Medical and sanitary report of the native army of Bengal for the year
Year: 1875
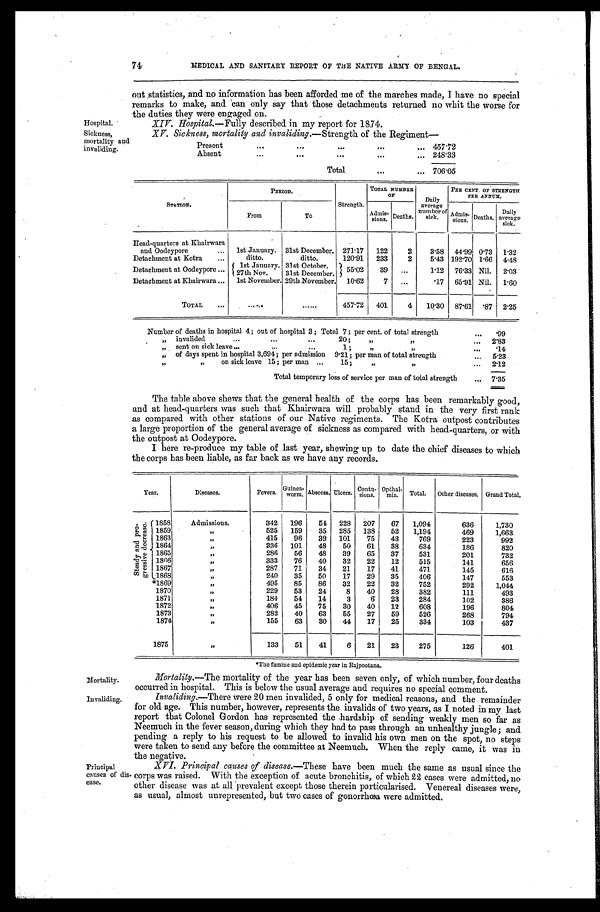
Mortality.
Invaliding.
74
MEDICAL AND SANITARY REPORT OF THE NATIVE ARMY OF BENGAL.
out statistics, and no information has been afforded me of the marches made, I have no special
remarks to make, and can only say that those detachments returned no whit the worse for
the duties they were engaged on.
Hospital.
Sickness,
mortality and
invaliding.
XIV. Hospital.—Fully described in my report for 1874.
XV. Sickness, mortality and invaliding .—Strength of the Regiment
Present . . .
457.72
Absent . . .
248.33
Total . . .
706.05
STATION.
PERIOD.
Strength.
TOTAL NUMBER
O F
Daily
average
number of
sick.
PER CENT. OF STRENGTH
P E R A N N U M .
From
To
Admis-
s i o n s . Deaths.
Admis-
sions. Deaths.
Daily
average
sick.
Head-quarters at Khairwara
and Oodeypore . . . 1st January. 31st December. 271.17
122
2
3.58 44.99 0.73
1.32
Detachment at Kotra . . .
ditto.
ditto.
120.91
233
2
5.43 192.70 1.66 4.48
Detachment at Oodeypore . . .
1st January. 31st October.
5 5 . 0 2
39
. . .
1.12
76.33 Nil.
2.03
27th Nov.
31st December.
Detachment at Khairwara . . . 1st November. 29th November. 10.62
7
. . .
.17
65.91 Nil.
1.60
TOTAL . . .
. . .
. . .
457.72
401
4
10.30 87.61 .87 2.25
Number of deaths in hospital 4; out of hospital 3; Total 7; per cent. of total strength . . .
.99
" i n v a l i d e d . . . 2 0 ; " " . . .
2.83
" s e n t o n s i c k l e a v e . . . 1 ; " " . . .
.14
' of days spent in hospital 3,694; per admission 9.21; per man of total strength . . .
5.23
" " on sick leave 15; per man . . . 15; " " . . .
2.12
Total temporary loss of service per man of total strength . . .
7.35
The table above shews that the general health of the corps has been remarkably good,
and at head-quarters was such that Khairwara will probably stand in the very first rank
as compared with other stations of our Native regiments. The Kotra outpost contributes
a large proportion of the general average of sickness as compared with head-quarters, or with
the outpost at Oodeypore.
I here re-produce my table of last year, shewing up to date the chief diseases to which
the corps has been liable, as far back as we have any records.
Year.
Diseases.
Fevers.
Guinea-
worm. Abscess. Ulcers. Contu-
sions.
Opthal -
m i a . Total.
Other diseases. Grand Total.
S t e a d y a n d p r o - g r e s s i v e d e c r e a s e . 1858
Admissions.
342
196
54
228
207
67
1,094
636
1,730
1859
"
525
159
35
285
138
52
1,194
469
1,663
1863
"
415
96
39
101
75
43
769
223
992
1864
"
336
101
48
50
61
38
634
186
820
1865
"
286
56
48
39
65
37
531
201
732
1 8 6 6
"
333
76
40
32
22
12
515
141
656
1867
"
287
71
34
21
17
41
471
145
616
1868
"
240
35
50
17
29
35
406
147
553
*1869
"
495
85
86
32
22
32
752
292
1,044
1870
"
229
53
24
8
40
28
382
111
493
1871
"
184
54
14
3
6
23
284
102
386
1872
"
406
45
75
30
40
12
608
196
804
1873
"
282
40
63
55
27
59
526
268
794
1874
"
155
63
30
44
17
25
334
103
437
1875
"
133
51
41
6
21
23
275
126
401
* T h e f a m i n e a n d e p i d e m i c y e a r i n R a j p o o t a n a .
Mortality .—The mortality of the year has been seven only, of which number, four deaths
occurred in hospital. This is below the usual average and requires no special comment.
Invaliding.—There were 20 men invalided, 5 only for medical reasons, and the remainder
for old age. This number, however, represents the invalids of two years, as I noted in my last
report that Colonel Gordon has represented the hardship of sending weakly men so far as
Neemuch in the fever season, during which they had to pass through an unhealthy jungle; and
pending a reply to his request to be allowed to invalid his own men on the spot, no steps
were taken to send any before the committee at Neemuch. When the reply came, it was in
the negative.
Principal
causes of dis
-
ease.
XVI. Principal causes of disease .—These have been much the same as usual since the
corps was raised. With the exception of acute bronchitis, of which 22 cases were admitted, no
other disease was at all prevalent except those therein particularised. Venereal diseases were,
as usual, almost unrepresented, but two cases of gonorrhœa were admitted.